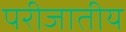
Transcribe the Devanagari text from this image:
परीजातीय